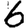
Digit: 6